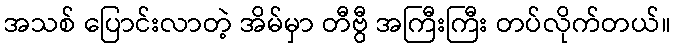
အသစ် ပြောင်းလာတဲ့ အိမ်မှာ တီဗွီ အကြီးကြီး တပ်လိုက်တယ်။